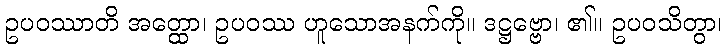
ဥပဝဿာတိ အတ္ထော၊ ဥပဝဿ ဟူသောအနက်ကို။ ဒဋ္ဌဗ္ဗော၊ ၏။ ဥပဝသိတွာ၊